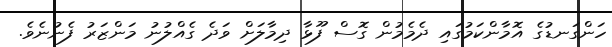
ހަންގަނޑުގެ އޮމާންކަމުގައި ދެމެމުން ގޮސް ފޫޅާ ދިމާލަށް ވަދެ ގެއްލުނު މަންޒަރު ފެނުނެވެ.